Vabadussoja_Ajaloo_Komitee, lk 98
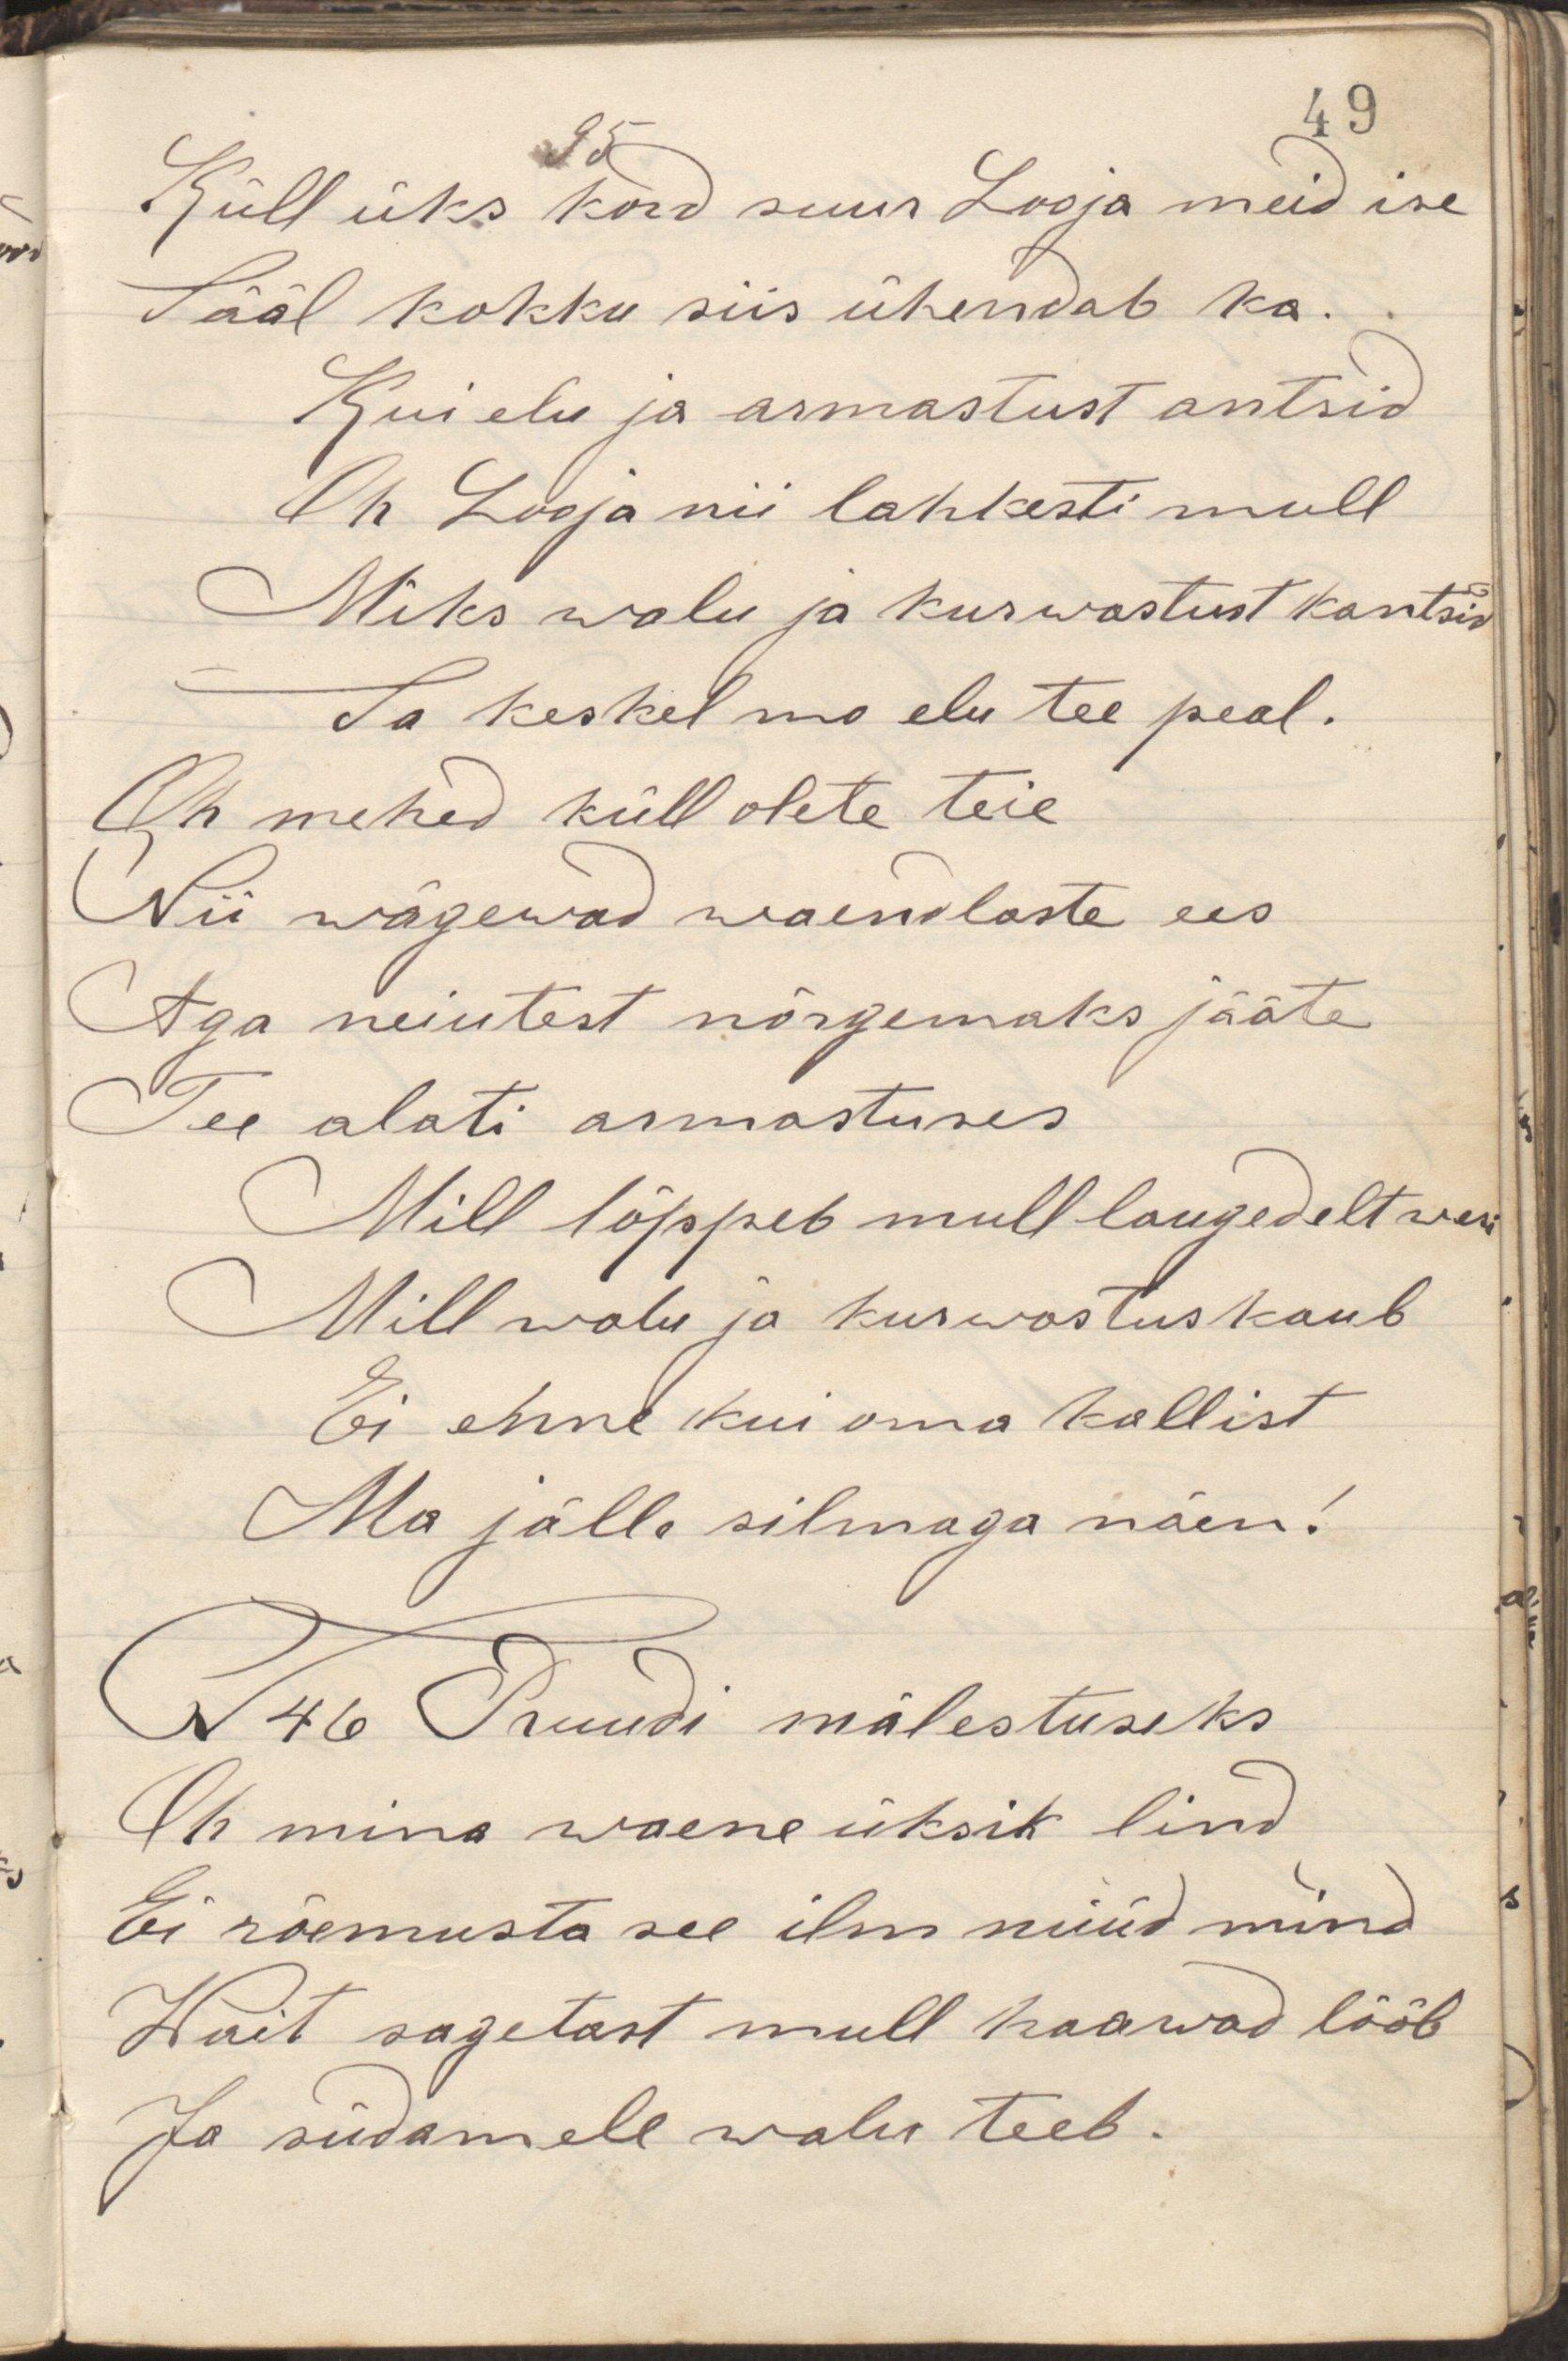
Küll üks kord suur Looja meid ise
Sääl kokku siis ühendab ka.
Kui elu ja armastust antsid
Oh Looja nii lahkesti mull
Miks wallu ja kurwastust kantsid
Sa keskel mo elu tee peal.
Oh mehed küll olete teie
Nii wägewad waenlaste ees
Aga neiutest nõrgemaks jääte
Tee alati armastuses
Mill lõppeb mull laugedelt wesi
Mill walu ja kurwastus kaub
Ei enne kui ma kallist
Ma jälle silmaga näen!
N46 Pruudi mälestuseks
Oh mina waene üksik lind
Ei rõemusta see ilm nüüd mind
Wait sagetast mull haawad lööb
Ja südamele walu teeb.